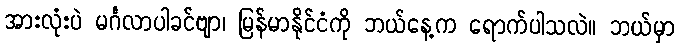
အားလုံးပဲ မင်္ဂလာပါခင်ဗျာ၊ မြန်မာနိုင်ငံကို ဘယ်နေ့က ရောက်ပါသလဲ။ ဘယ်မှာ